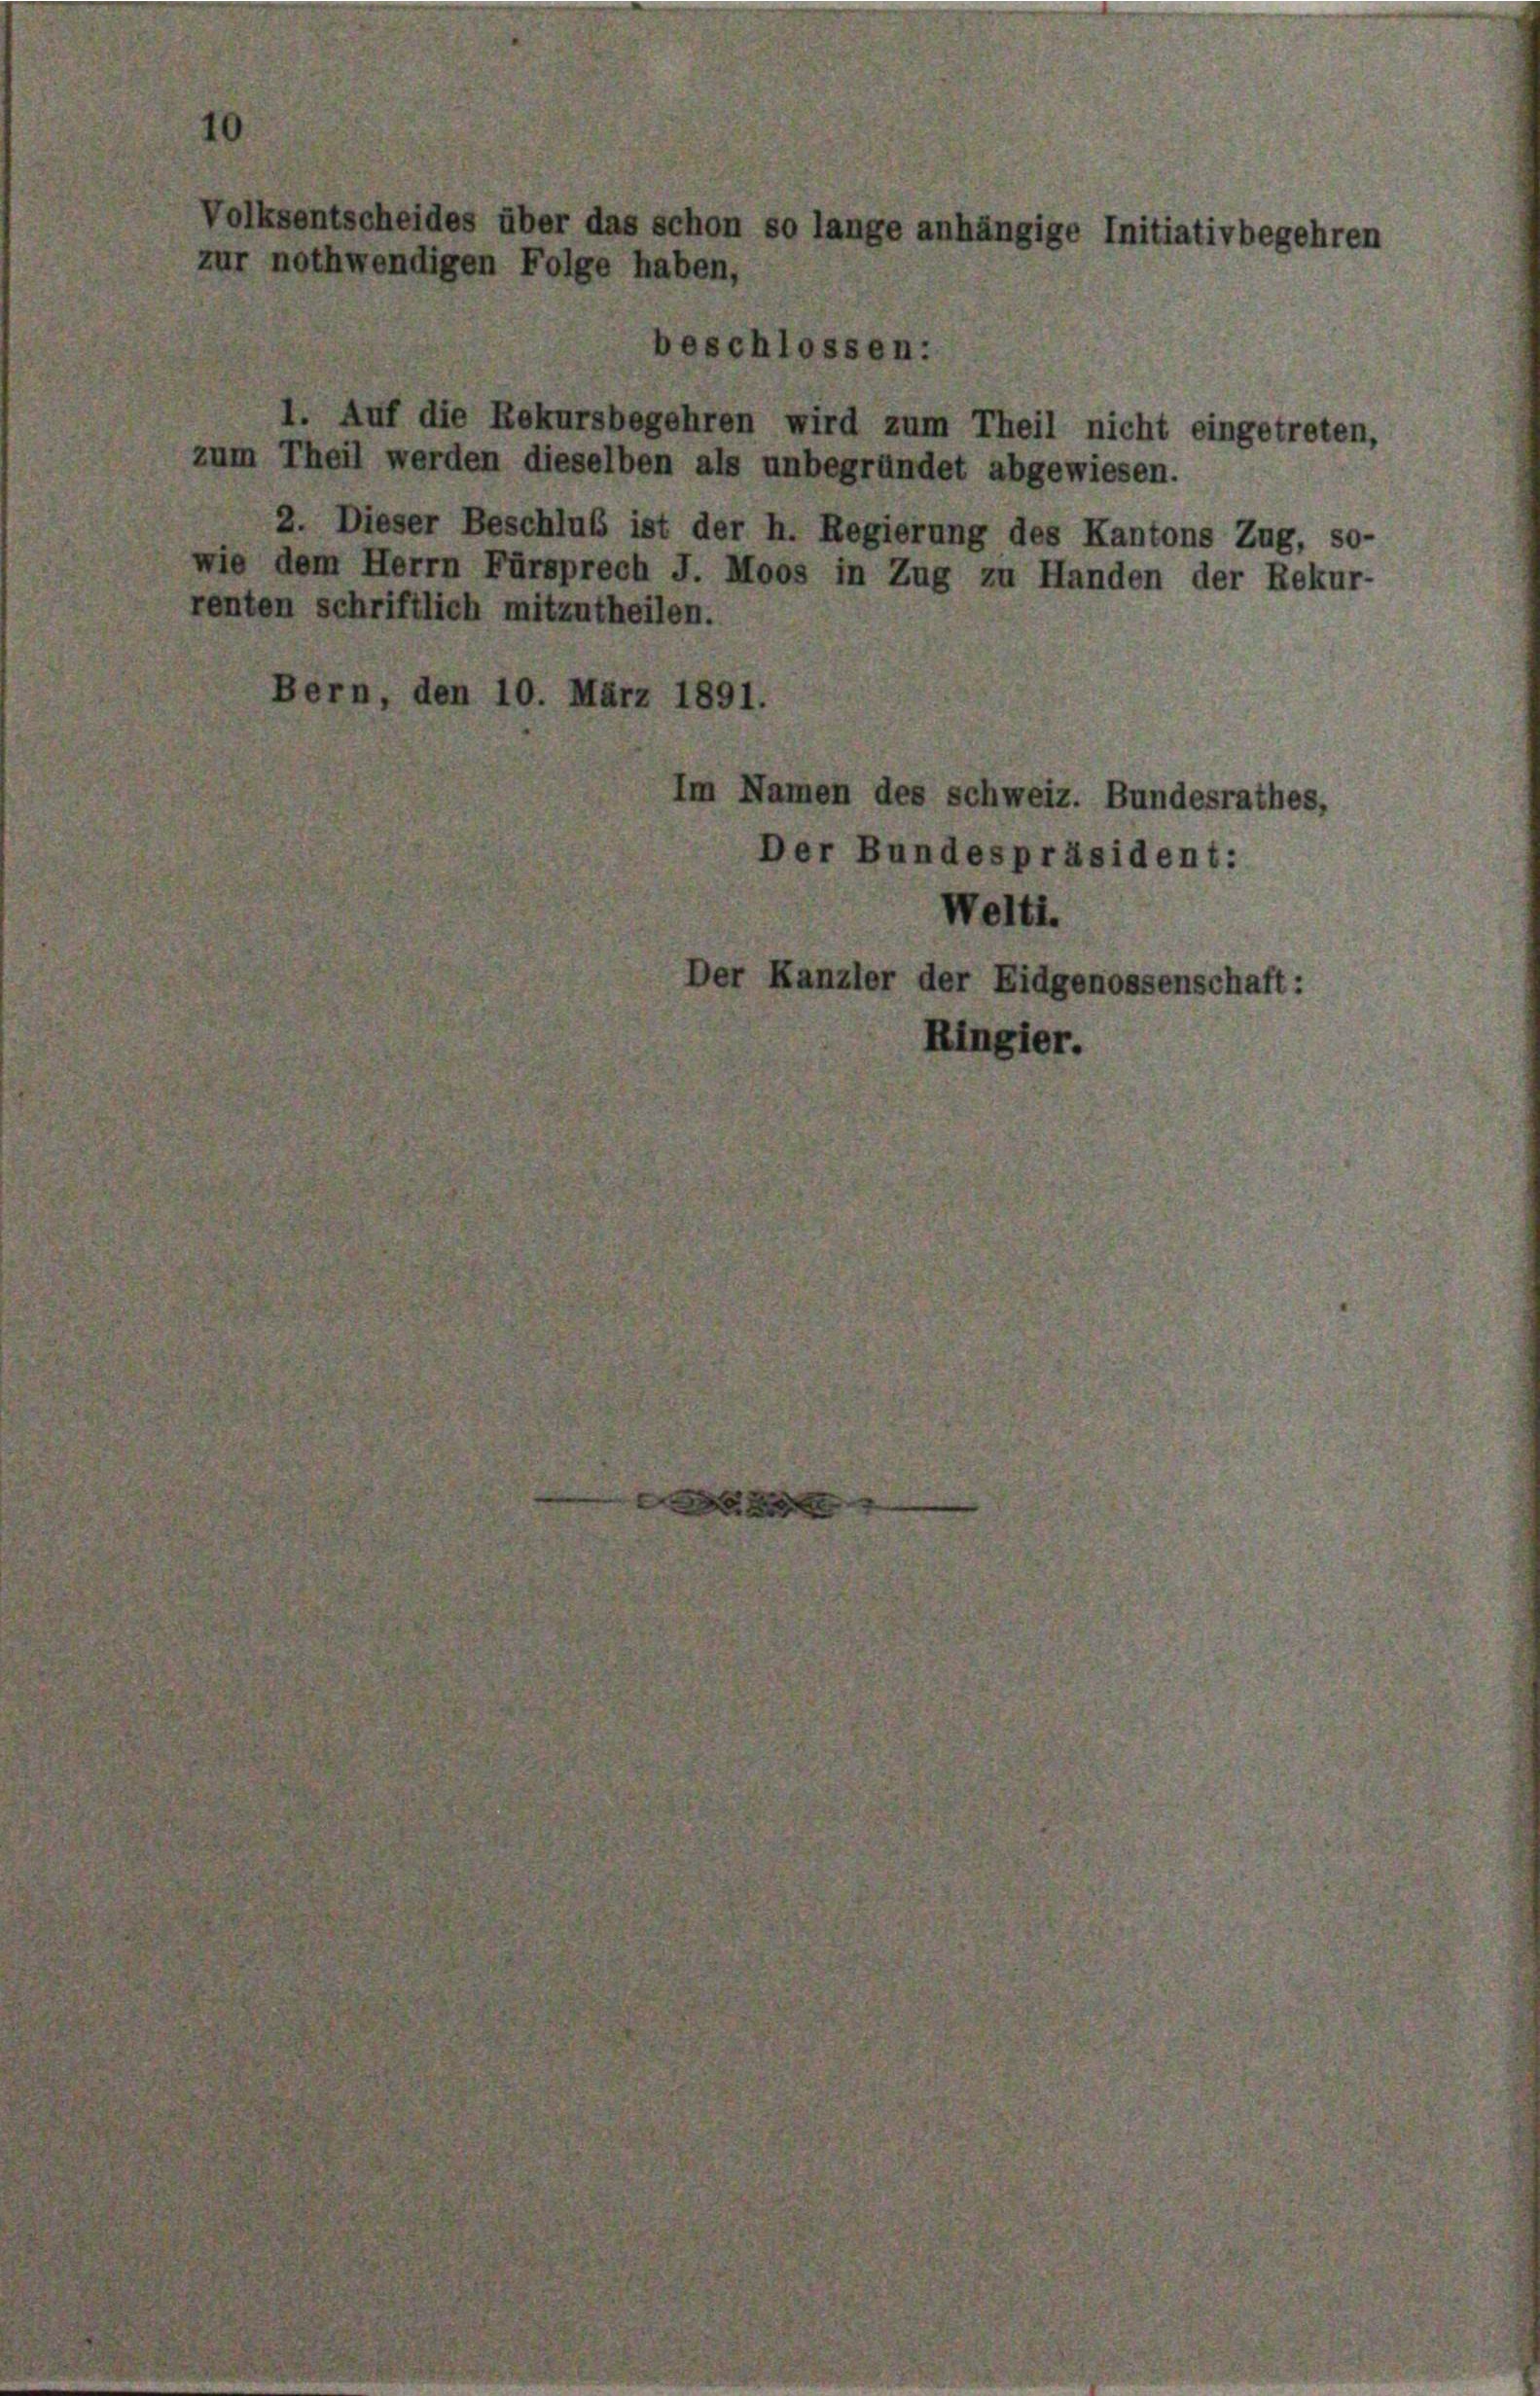
Volksentscheides über das schon so lange anhängige Initiativbegehren
zur nothwendigen Folge haben,

schlossen
Auf die Rekursbegehren wird zum Theil nicht eingetreten,
zum Theil werden dieselben als unbegründet abgewiesen.
2. Dieser Beschluß ist der h. Regierung des Kantons Zug, so-
ie dem Herrn Fürsprech J. Moos in Zug zu Handen der Rekur-
renten schriftlich mitzutheilen.
den 10. März 1891.
m Namen des Schweiz. Bundesrathes,
Der Bundespräsident:
Welti.
r Kanzler der Eidgenossenschaft:
Ringier.